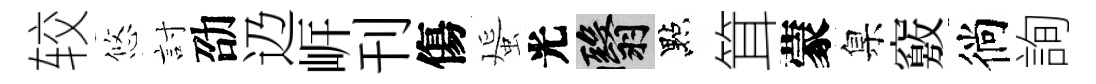
较悠討劭辸㟁刊傷蜑光翳點䇯蒙臬竅徜詢